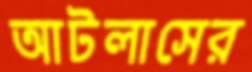
আটলাসের